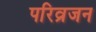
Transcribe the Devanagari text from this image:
परिव्रजन